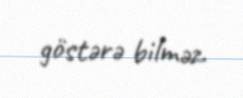
göstərə bilməz.